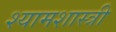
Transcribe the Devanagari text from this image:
श्यामशास्त्री